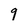
Character: 9